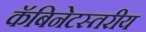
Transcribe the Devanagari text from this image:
कॅबिनेटस्तरीय